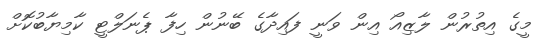
މީގެ އިތުރުން ލާޒިއޯ އިން ވަނީ ފައިދާގެ ބޭނުން ހިފާ ޕެނަލްޓީ ކާމިޔާބުކޮށް